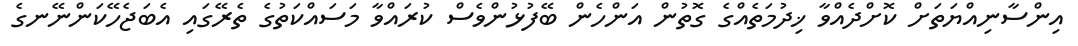
އިންސާނިއްޔަތަށް ކޮށްދެއްވާ ޚިދުމަތެއްގެ ގޮތުން އަންހެން ބޭފުޅުންވެސް ކުރައްވާ މަސައްކަތުގެ ތެރޭގައި އެބަޖެހޭކަންނޭނގެ